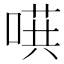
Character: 𱓴